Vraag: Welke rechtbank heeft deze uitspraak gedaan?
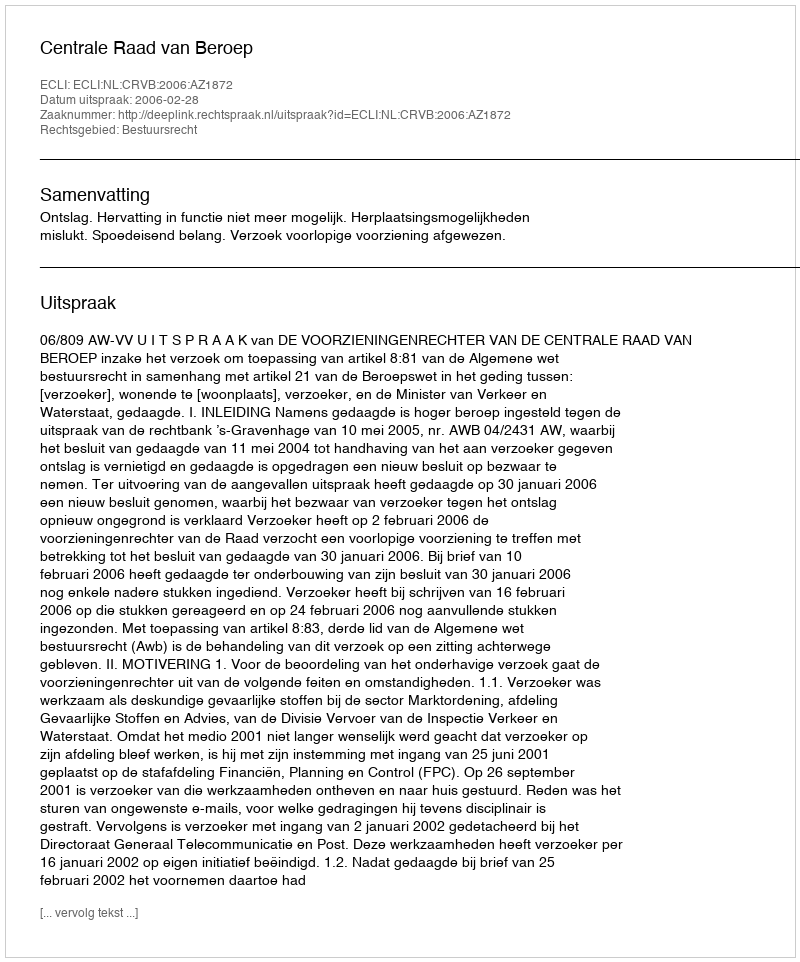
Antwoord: Centrale Raad van Beroep